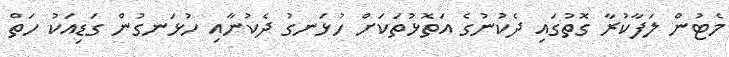
މެޓުން ލަފާކުރާ ގޮތުގައި ދެކުނުގެ އަތޮޅުތަކަށް ހުޅަނގު ދެކުނާއި ހުޅަނގުން ގަޑިއަކު ހަތް